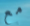
مع